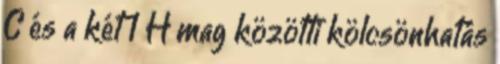
C és a két 1 H mag közötti kölcsönhatás